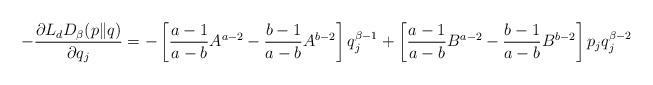
LaTeX: \begin{align*}-\frac{\partial L_{d}D_{\beta}(p\|q)}{\partial q_{j}}=-\left[\frac{a-1}{a-b}A^{a-2}-\frac{b-1}{a-b}A^{b-2}\right]q^{\beta-1}_{j}+\left[\frac{a-1}{a-b}B^{a-2}-\frac{b-1}{a-b}B^{b-2}\right]p_{j}q^{\beta-2}_{j}\end{align*}